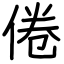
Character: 倦